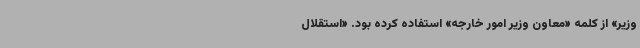
وزیر» از کلمه «معاون وزیر امور خارجه» استفاده کرده بود. «استقلال